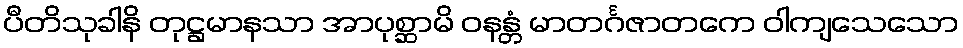
ပီတိသုခါနိ တုဋ္ဌမာနသာ အာပုစ္ဆာမိ ဝနန္တံ မာတင်္ဂဇာတကေ ဝါကျသေသော